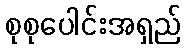
စုစုပေါင်းအရှည်